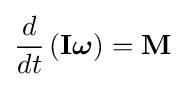
{\frac {d}{dt}}\left(\mathbf {I} {\boldsymbol {\omega }}\right)=\mathbf {M}